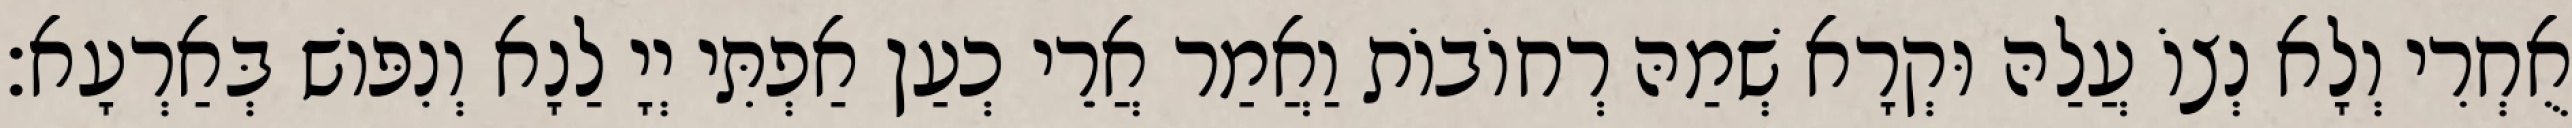
אֻחְרִי וְלָא נְצוֹ עֲלַהּ וּקְרָא שְׁמַהּ רְחוֹבוֹת וַאֲמַר אֲרֵי כְעַן אַפְתִּי יְיָ לַנָא וְנִפּוֹשׁ בְּאַרְעָא׃